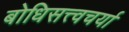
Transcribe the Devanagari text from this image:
बोधिसत्त्वचर्या